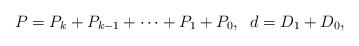
LaTeX: \begin{align*}P = P_k + P_{k-1} + \cdots + P_1 + P_0, \; \; d = D_1 +D_0,\end{align*}